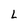
Character: L